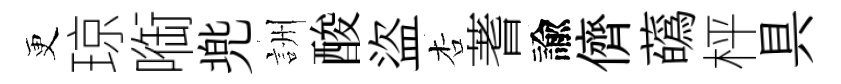
更琼㗸兠詶酸盜杏蓍諭儕蘤枰具